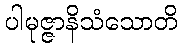
ပါမုဇ္ဇာနိသံသောတိ